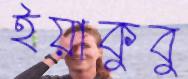
ইয়াকুবু